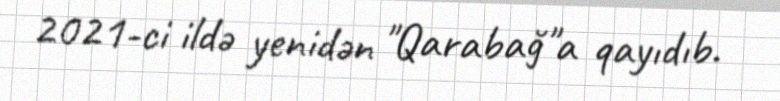
2021-ci ildə yenidən "Qarabağ"a qayıdıb.